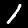
Digit: 1